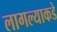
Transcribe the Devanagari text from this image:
लागल्याकडे